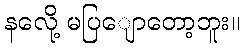
နလေို့ မပြျောတော့ဘူး။